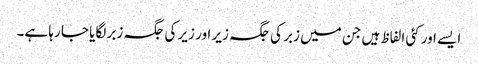
ایسے اور کئی الفاظ ہیں جن میں زبر کی جگہ زیر اور زیر کی جگہ زبر لگایا جا رہا ہے۔